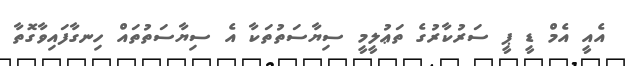
އެއީ އެމް ޑީ ޕީ ސަރުކާރުގެ ތަޢުލީމީ ސިޔާސަތުތަކާ އެ ސިޔާސަތުތައް ހިނގާފައިވާގޮތާ